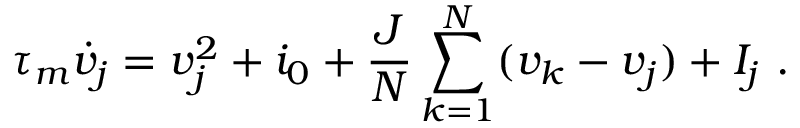
\tau _ { m } \dot { v } _ { j } = v _ { j } ^ { 2 } + i _ { 0 } + \frac { J } { N } \sum _ { k = 1 } ^ { N } ( v _ { k } - v _ { j } ) + I _ { j } \ .